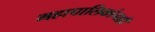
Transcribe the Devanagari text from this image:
महापालिकांनाही